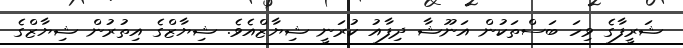
ޝަރީފާގެ ވިހަ ބަސްތަކުން އަނޫޝާ ދިފާއު ކުރަނީ ޝިޔާޒްއެވެ. ޝިޔާޒްގެ އިތުރުން ޝިޔާޒްގެ